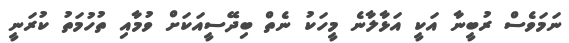
ނަމަވެސް ރުބީނާ އަކީ އަޅާލާނެ މީހަކު ނެތް ބިދޭސީއަކަށް ވުމާއި ތުހުމަތު ކުރަނީ